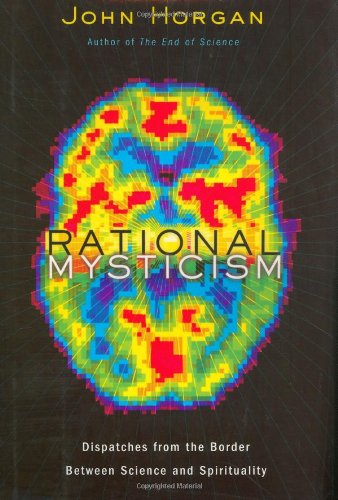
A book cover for Rational Mysticism: Dispatches from the Border Between Science and Spirituality; John Horgan; Religion & Spirituality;